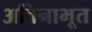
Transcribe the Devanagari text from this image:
अविनाभूत